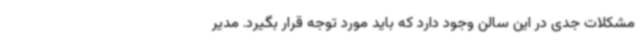
مشکلات جدی در این سالن وجود دارد که باید مورد توجه قرار بگیرد. مدیر